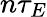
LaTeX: n\tau_{E}